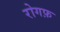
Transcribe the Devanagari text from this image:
रोगफ़